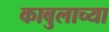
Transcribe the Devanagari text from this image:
काबुलाच्या